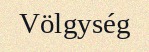
Völgység